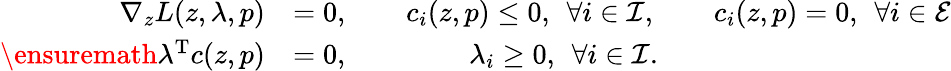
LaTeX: \begin{array}{rl}{\nabla_{z}L(z,\lambda,p)}&{=0,\qquad c_{i}(z,p)\leq 0,\: \: \forall i\in\mathcal{I},\qquad c_{i}(z,p)=0,\: \: \forall i\in\mathcal{E}}\\ {\ensuremath{{\lambda}^{\mathrm{T}}}c(z,p)}&{=0,\qquad\qquad\: \lambda_{i}\geq 0,\: \: \forall i\in\mathcal{I}.}\end{array}